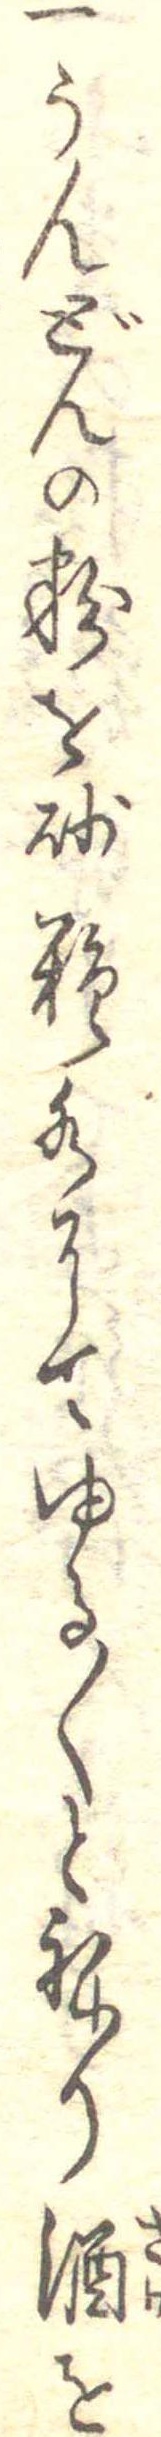
一うんどんの粉を砂糖水にてゆる〱とねり酒を